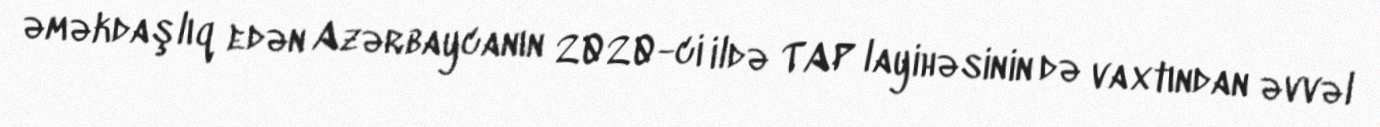
əməkdaşlıq edən Azərbaycanın 2020-ci ildə TAP layihəsinin də vaxtından əvvəl